Indian journal of veterinary science and animal husbandry - Volumes 28-29, 1958-1959
Year: 1958
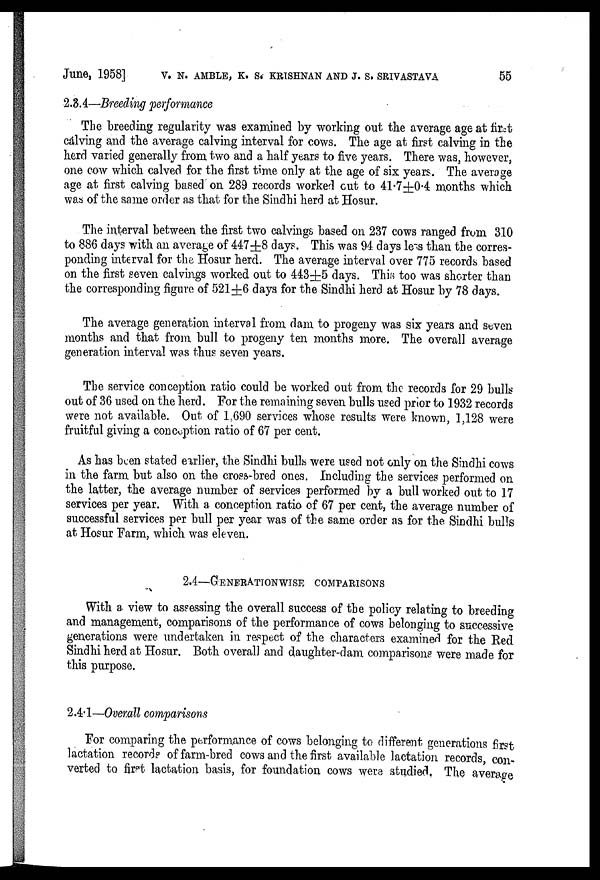
June, 1958] V. N. AMBLE, K. S. KRISHNAN AND J. S. SRIVASTAVA 55
2.3.4—Breeding performance
The breeding regularity was examined by working out the average age at first
calving and the average calving interval for cows. The age at first calving in the
herd varied generally from two and a half years to five years. There was, however,
one cow which calved for the first time only at the age of six years. The average
age at first calving based on 289 records worked cut to 41.7±0.4 months which
was of the same order as that for the Sindhi herd at Hosur.
The interval between the first two calvings based on 237 cows ranged from 310
to 886 days with an average of 447±8 days. This was 94 days less than the corres-
ponding interval for the Hosur herd. The average interval over 775 records based
on the first seven calvings worked out to 443±5 days. This too was shorter than
the corresponding figure of 521±6 days for the Sindhi herd at Hosur by 78 days.
The average generation interval from dam to progeny was six years and seven
months and that from bull to progeny ten months more. The overall average
generation interval was thus seven years.
The service conception ratio could be worked out from the records for 29 bulls
out of 36 used on the herd. For the remaining seven bulls used prior to 1932 records
were not available. Out of 1,690 services whose results were known, 1,128 were
fruitful giving a conception ratio of 67 per cent.
As has been stated earlier, the Sindhi bulls were used not only on the Sindhi cows
in the farm but also on the cross-bred ones. Including the services performed on
the latter, the average number of services performed by a bull worked out to 17
services per year. With a conception ratio of 67 per cent, the average number of
successful services per bull per year was of the same order as for the Sindhi bulls
at Hosur Farm, which was eleven.
2.4—GENERATIONWISE COMPARISONS
With a view to assessing the overall success of the policy relating to breeding
and management, comparisons of the performance of cows belonging to successive
generations were undertaken in respect of the characters examined for the Red
Sindhi herd at Hosur. Both overall and daughter-dam comparisons were made for
this purpose.
2.4.1—Overall comparisons
For comparing the performance of cows belonging to different generations first
lactation records of farm-bred cows and the first available lactation records, con-
verted to first lactation basis, for foundation cows were studied. The average